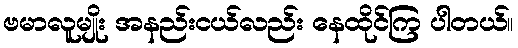
ဗမာလူမျိုး အနည်းငယ်လည်း နေထိုင်ကြ ပါတယ်။